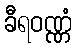
ခီရဝဏ္ဏံ